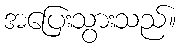
အပြေးသွားသည်။